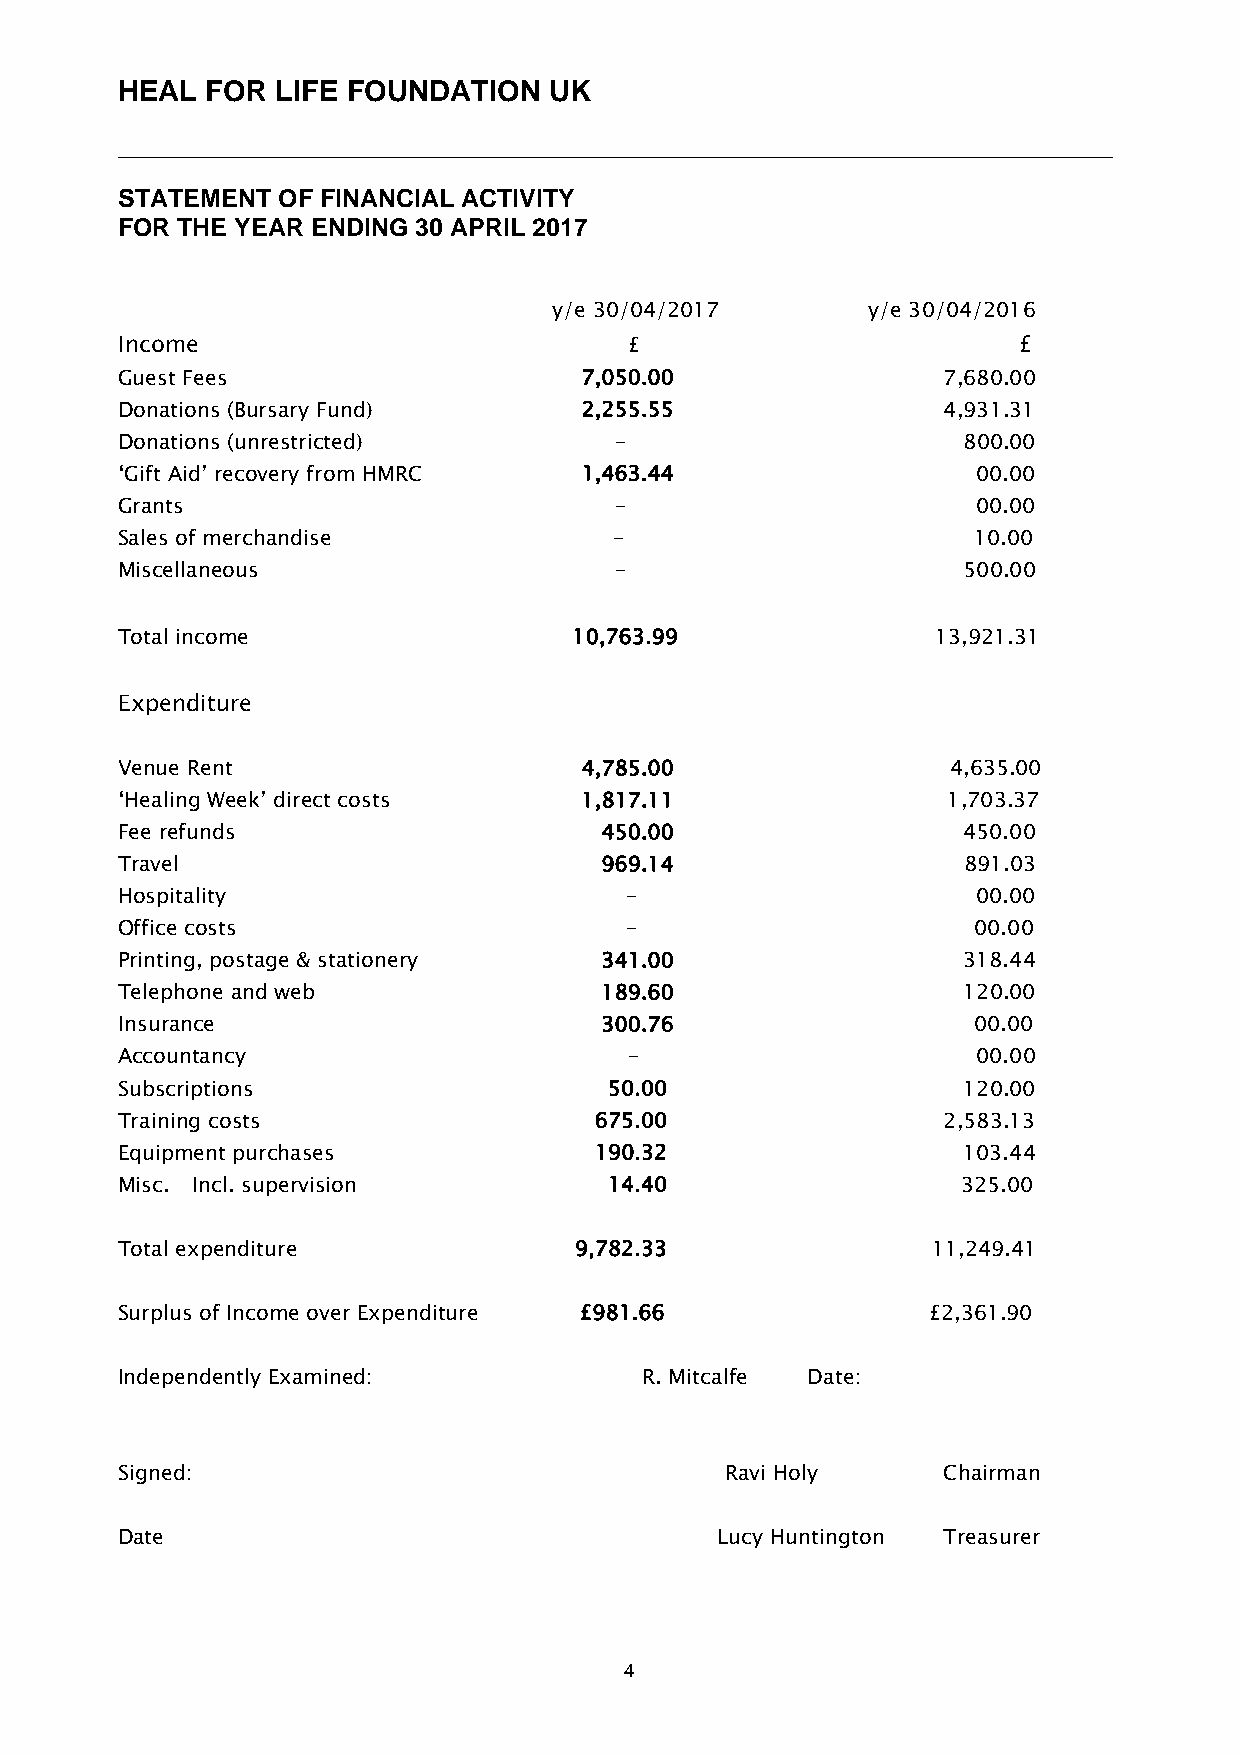
HEAL  FOR LIFE FOUNDATION   UK
 ______________________________________________________________________________
 STATEMENT OF FINANCIAL ACTIVITY
 FOR THE YEAR ENDING 30 APRIL 2017
 y/e 30/04/2017      y/e 30/04/2016
 Income                            £                        £
 Guest Fees                    7,050.00                7,680.00
 Donations (Bursary Fund)      2,255.55                4,931.31
 Donations (unrestricted)         -                      800.00
 ‘Gift Aid’ recovery from HMRC 1,463.44                   00.00
 Grants                           -                       00.00
 Sales of merchandise             -                      10.00
 Miscellaneous                    -                      500.00
 Total income                  10,763.99               13,921.31
 Expenditure
 Venue Rent                    4,785.00                 4,635.00
 ‘Healing Week’ direct costs   1,817.11                 1,703.37
 Fee refunds                     450.00                  450.00
 Travel                          969.14                  891.03
 Hospitality                      -                       00.00
 Office costs                     -                      00.00
 Printing, postage & stationery  341.00                  318.44
 Telephone and web               189.60                  120.00
 Insurance                       300.76                  00.00
 Accountancy                       -                      00.00
 Subscriptions                   50.00                   120.00
 Training costs                 675.00                 2,583.13
 Equipment purchases            190.32                   103.44
 Misc. Incl. supervision         14.40                   325.00
 Total expenditure             9,782.33                11,249.41
 Surplus of Income over Expenditure £981.66           £2,361.90
 Independently Examined:            R. Mitcalfe Date:
 Signed:                                 Ravi Holy     Chairman
 Date                                    Lucy Huntington Treasurer
 4